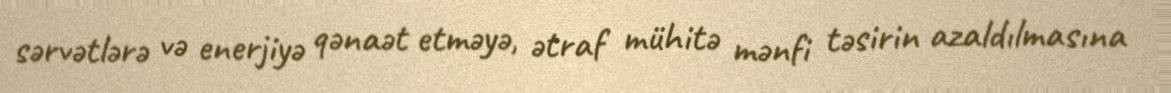
sərvətlərə və enerjiyə qənaət etməyə, ətraf mühitə mənfi təsirin azaldılmasına